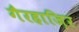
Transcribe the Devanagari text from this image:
गैरहाज़िर